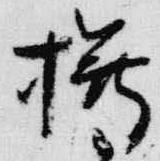
樽